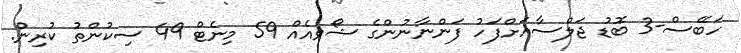
ހަބޭސް-3 ބޮޑު ޖަލްސާއަށްފަހު ފަންނާނުންގެ ޝޯވއެއް 59 މިނެޓް 49 ސިކުންތު ކުރިން.